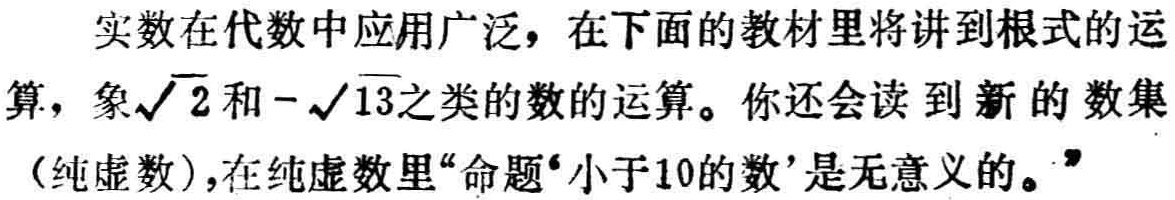
实数在代数中应用广泛，在下面的教材里将讲到根式的运算，象\(\sqrt{2}\)和\(-\sqrt{13}\)之类的数的运算。你还会读到新的数集（纯虚数），在纯虚数里“命题‘小于10的数’是无意义的。”